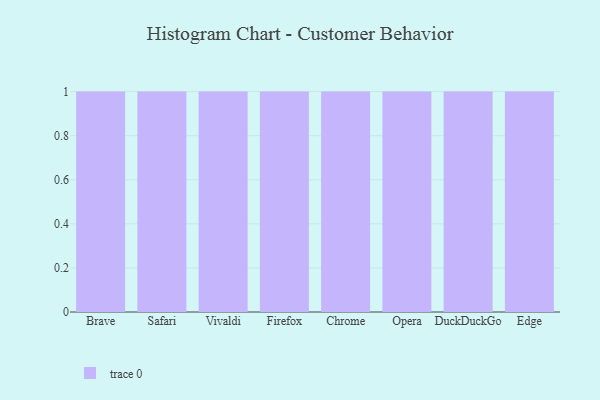
{"axis": {"x": "Browser", "y": "Market Share (%)"}, "legend": [""], "data": [{"x": "Brave", "y": 34, "type": ""}, {"x": "Safari", "y": 62, "type": ""}, {"x": "Vivaldi", "y": 39, "type": ""}, {"x": "Firefox", "y": 72, "type": ""}, {"x": "Chrome", "y": 14, "type": ""}, {"x": "Opera", "y": 51, "type": ""}, {"x": "DuckDuckGo", "y": 63, "type": ""}, {"x": "Edge", "y": 99, "type": ""}]}